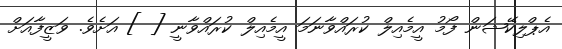
އެޕްލިކޭޝަން ފޯމު އީމެއިލް ކުރައްވާނަމަ އީމެއިލް ކުރައްވާނީ [ ] އަށެވެ. ވަޒީފާއަށް